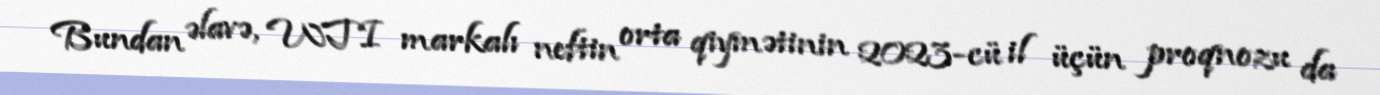
Bundan əlavə, WTI markalı neftin orta qiymətinin 2023-cü il üçün proqnozu da